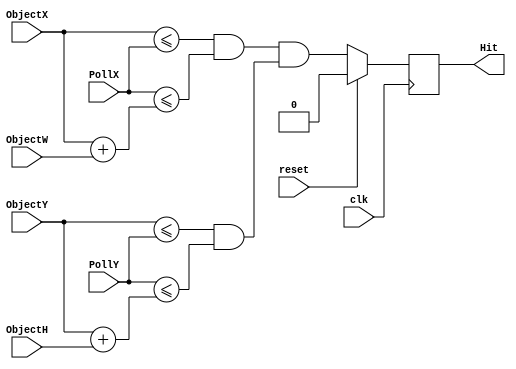
//////////////////////////////////////////////////////////////////////////////////
// Description: 
//		Generates a PWM signal based on switch inputs.
//
// Revision: 		1.0
// Additional Comments: 
//
//////////////////////////////////////////////////////////////////////////////////

`timescale 1ns / 1ps

module object (
	input clk,
	input reset,
	//input sys_clk,
	input [10:0] ObjectX,		//Object's origin X Coordinate
	input [9:0] ObjectY,		//Object's origin Y Coordinate
	input [9:0] ObjectW,		//Object's Width in Pixels
	input [8:0] ObjectH,		//Object's Height in Pixels
	
	input [9:0] PollX,			//Position to Poll X Coordinate
	input [8:0] PollY,			//Position to Poll Y Coordinate
	
	output Hit					//If HIGH, Then Poll Falls Within Object Bounds. Otherwise, LOW
	);
	
	reg hit_out;
	
	//Get the ADC value from JPorts
	always @ (posedge clk)
	begin
		if(reset)
		begin
			hit_out <= 1'b0;
		end
		else
		begin
			hit_out <= (ObjectX <= PollX & PollX <= ObjectX+ObjectW)&(ObjectY <= PollY & PollY <= ObjectY+ObjectH);
		end
	end
	
	assign Hit = hit_out;

endmodule